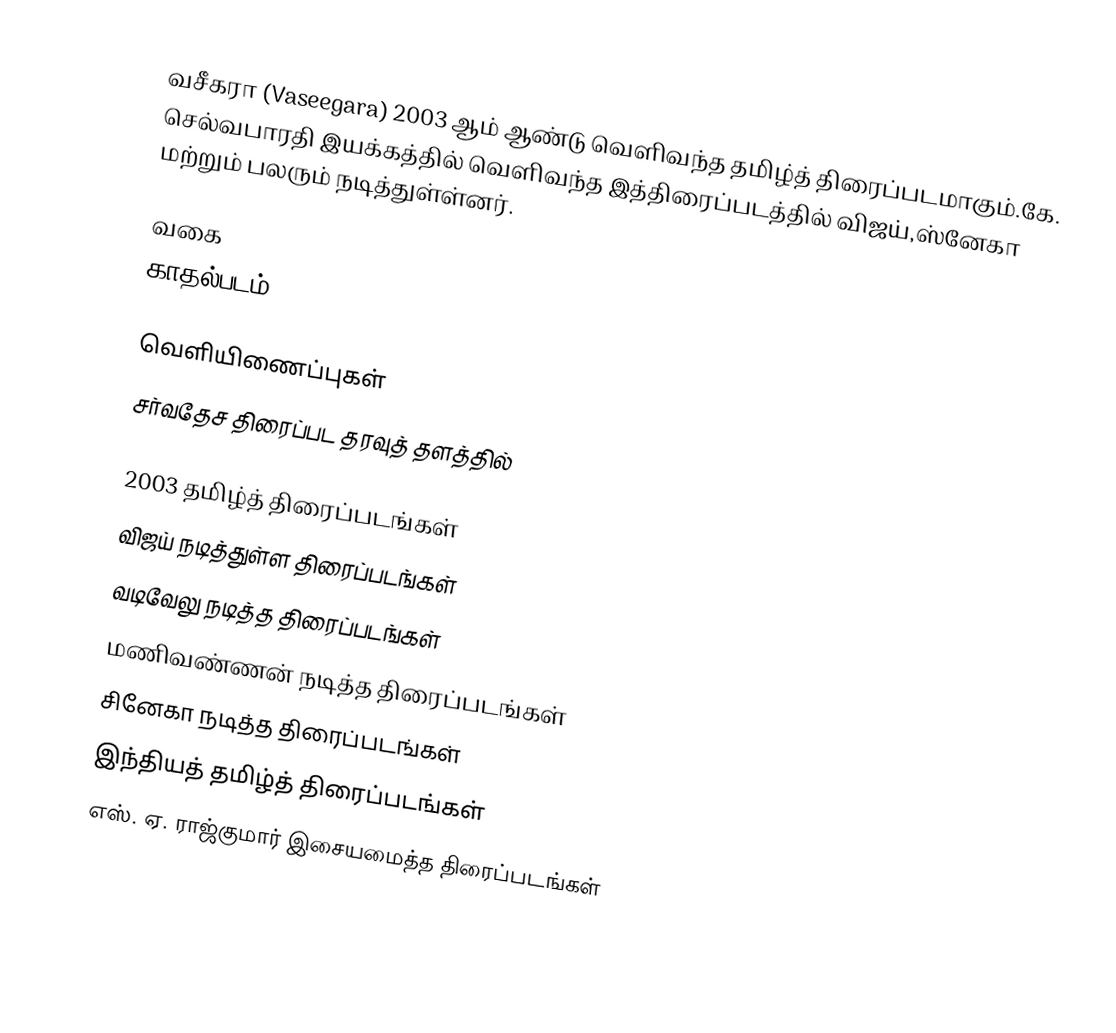
வசீகரா (Vaseegara) 2003 ஆம் ஆண்டு வெளிவந்த தமிழ்த் திரைப்படமாகும்.கே. செல்வபாரதி இயக்கத்தில் வெளிவந்த இத்திரைப்படத்தில் விஜய்,ஸ்னேகா மற்றும் பலரும் நடித்துள்ள்னர்.

வகை
காதல்படம்

வெளியிணைப்புகள்
சர்வதேச திரைப்பட தரவுத் தளத்தில்

2003 தமிழ்த் திரைப்படங்கள்
விஜய் நடித்துள்ள திரைப்படங்கள்
வடிவேலு நடித்த திரைப்படங்கள்
மணிவண்ணன் நடித்த திரைப்படங்கள்
சினேகா நடித்த திரைப்படங்கள்
இந்தியத் தமிழ்த் திரைப்படங்கள்
எஸ். ஏ. ராஜ்குமார் இசையமைத்த திரைப்படங்கள்